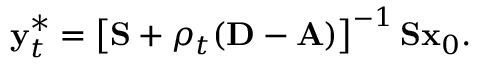
\mathbf { y } _ { t } ^ { * } = \left[ \mathbf { S } + \rho _ { t } ( \mathbf { D } - \mathbf { A } ) \right] ^ { - 1 } \mathbf { S } \mathbf { x } _ { 0 } .